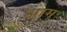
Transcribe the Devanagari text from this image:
अाम